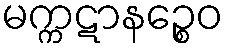
မက္ကဋာနဉ္စေဝ